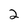
Character: 2